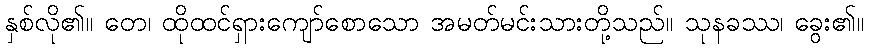
နှစ်လို၏။ တေ၊ ထိုထင်ရှားကျော်စောသော အမတ်မင်းသားတို့သည်။ သုနခဿ၊ ခွေး၏။